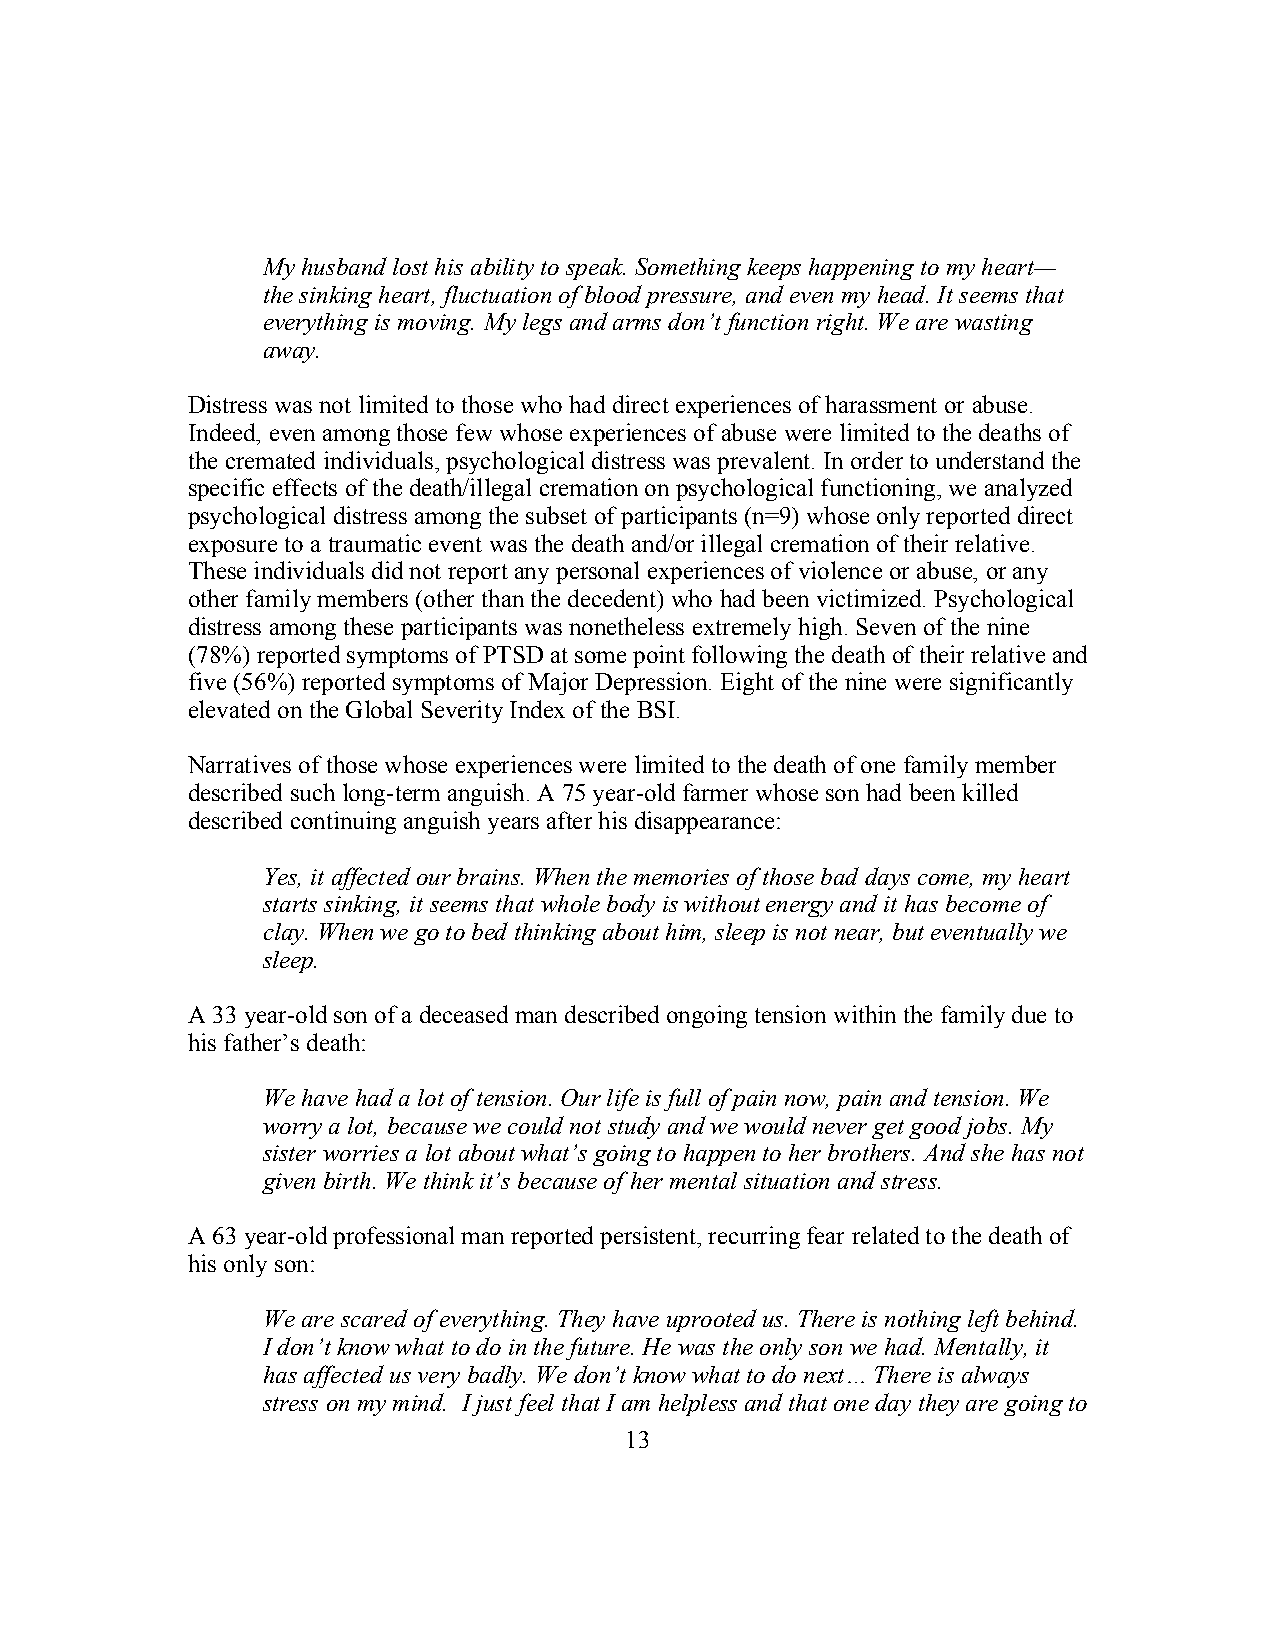
My husband lost his ability to speak. Something keeps happening to my heart—
 the sinking heart, fluctuation of blood pressure, and even my head. It seems that
 everything is moving. My legs and arms don’t function right. We are wasting
 away.
 Distress was not limited to those who had direct experiences of harassment or abuse.
 Indeed, even among those few whose experiences of abuse were limited to the deaths of
 the cremated individuals, psychological distress was prevalent. In order to understand the
 specific effects of the death/illegal cremation on psychological functioning, we analyzed
 psychological distress among the subset of participants (n=9) whose only reported direct
 exposure to a traumatic event was the death and/or illegal cremation of their relative.
 These individuals did not report any personal experiences of violence or abuse, or any
 other family members (other than the decedent) who had been victimized. Psychological
 distress among these participants was nonetheless extremely high. Seven of the nine
 (78%) reported symptoms of PTSD at some point following the death of their relative and
 five (56%) reported symptoms of Major Depression. Eight of the nine were significantly
 elevated on the Global Severity Index of the BSI.
 Narratives of those whose experiences were limited to the death of one family member
 described such long-term anguish. A 75 year-old farmer whose son had been killed
 described continuing anguish years after his disappearance:
 Yes, it affected our brains. When the memories of those bad days come, my heart
 starts sinking, it seems that whole body is without energy and it has become of
 clay. When we go to bed thinking about him, sleep is not near, but eventually we
 sleep.
 A 33 year-old son of a deceased man described ongoing tension within the family due to
 his father’s death:
 We have had a lot of tension. Our life is full of pain now, pain and tension. We
 worry a lot, because we could not study and we would never get good jobs. My
 sister worries a lot about what’s going to happen to her brothers. And she has not
 given birth. We think it’s because of her mental situation and stress.
 A 63 year-old professional man reported persistent, recurring fear related to the death of
 his only son:
 We are scared of everything. They have uprooted us. There is nothing left behind.
 I don’t know what to do in the future. He was the only son we had. Mentally, it
 has affected us very badly. We don’t know what to do next… There is always
 stress on my mind. I just feel that I am helpless and that one day they are going to
 13